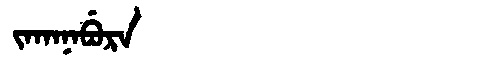
Manchu: ᠵᠠᡴᠠᠨᠠᠪᡠᡵᠠ
Romanization: JAKANABURA